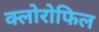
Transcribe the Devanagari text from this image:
क्‍लोरोफिल